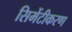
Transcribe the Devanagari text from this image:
सिमेंटीकरण